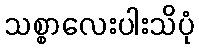
သစ္စာလေးပါးသိပုံ